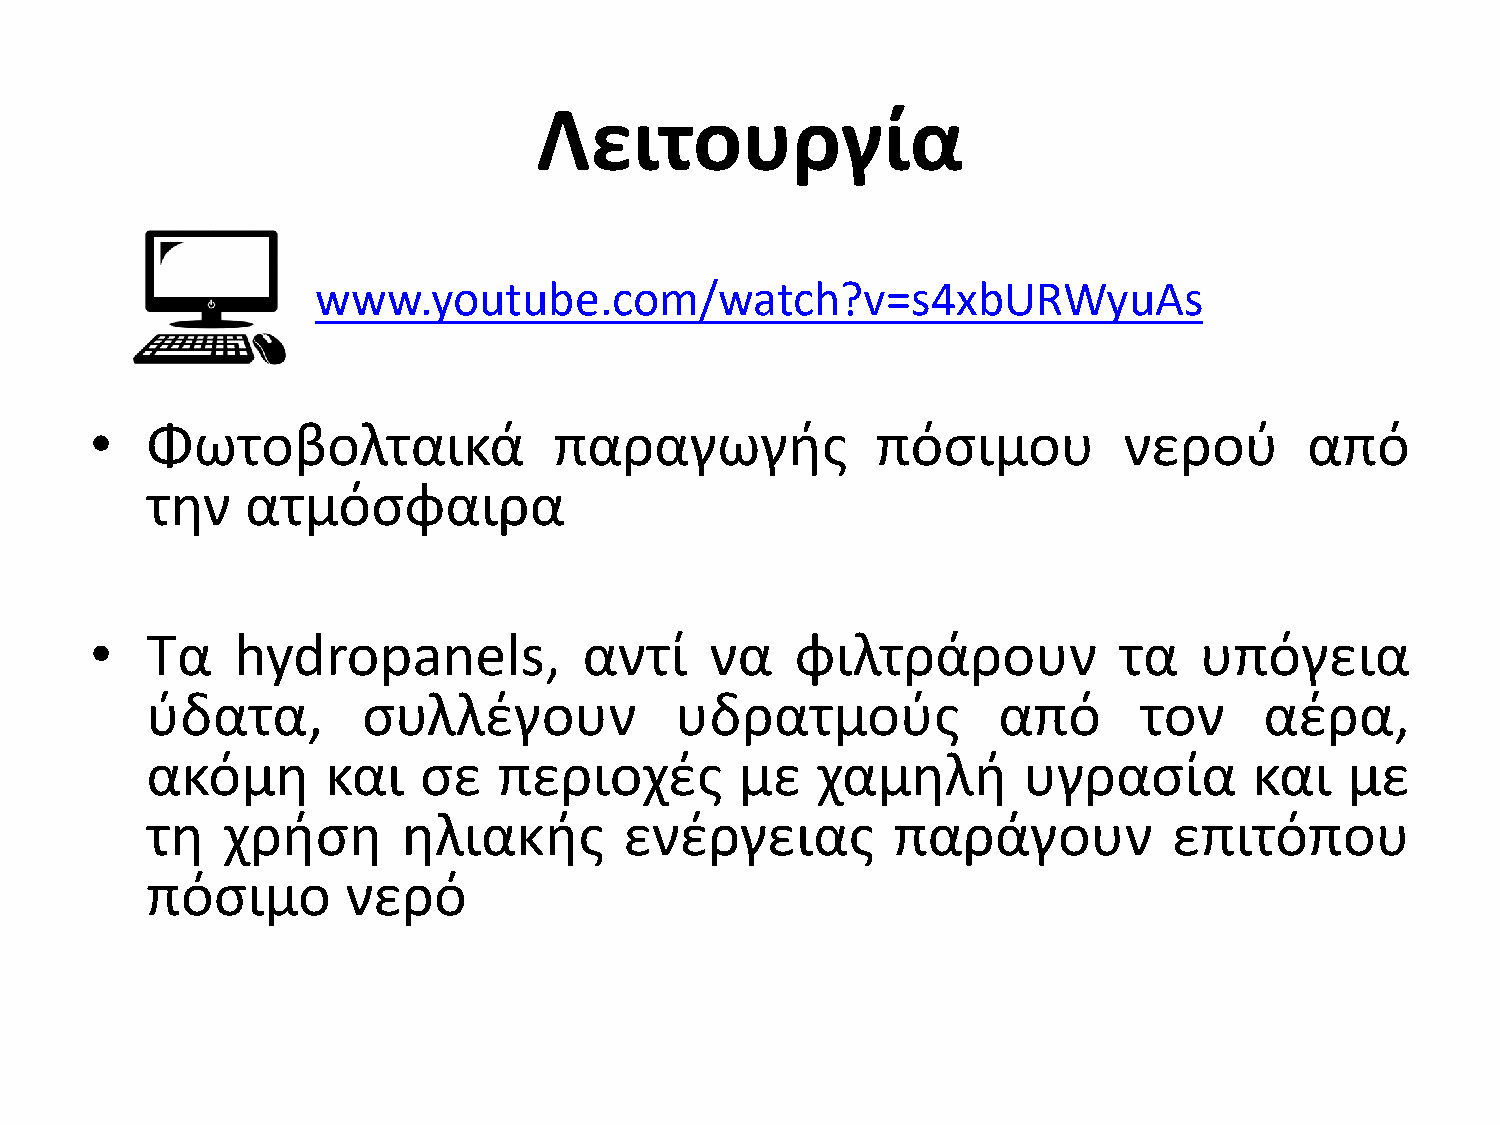
Λειτουργία
 www.youtube.com/watch?v=s4xbURWyuAs
 •   Φωτοβολταικά               παραγωγισ            πόςιμου         νεροφ        από
 τθν   ατμόςφαιρα
 •   Σα   hydropanels,            αντί    να    φιλτράρουν           τα   υπόγεια
 φδατα,        ςυλλζγουν            υδρατμοφσ            από      τον      αζρα,
 ακόμθ       και   ςε   περιοχζσ        με   χαμθλι        υγραςία        και   με
 τθ   χριςθ       θλιακισ       ενζργειασ         παράγουν           επιτόπου
 πόςιμο       νερό